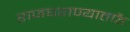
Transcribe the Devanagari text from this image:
राजघराण्यातर्फे